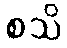
စသိ